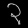
Digit: ၃